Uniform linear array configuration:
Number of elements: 64
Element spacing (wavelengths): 0.75
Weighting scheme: binomial
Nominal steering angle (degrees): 45
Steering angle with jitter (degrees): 44.608
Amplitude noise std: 0.05
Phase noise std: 0.05

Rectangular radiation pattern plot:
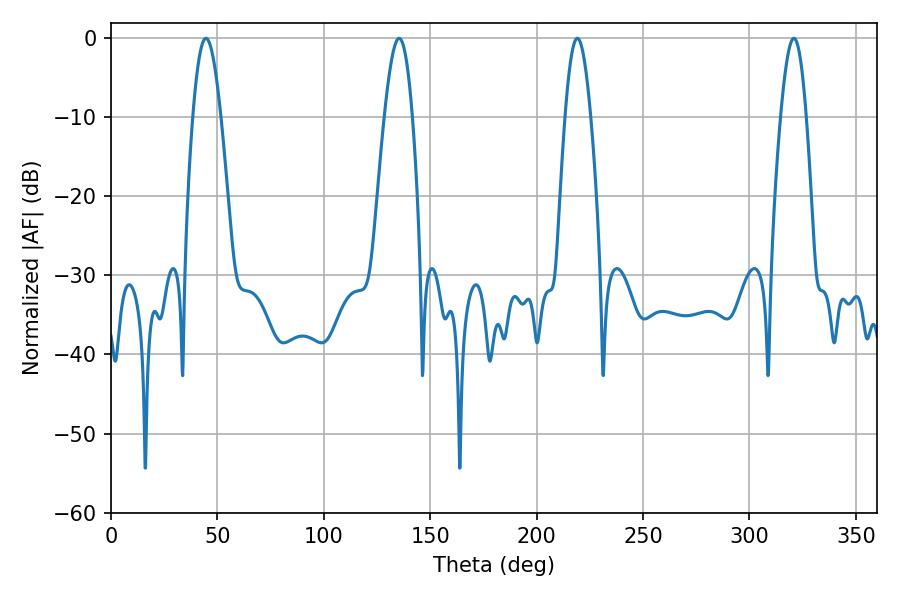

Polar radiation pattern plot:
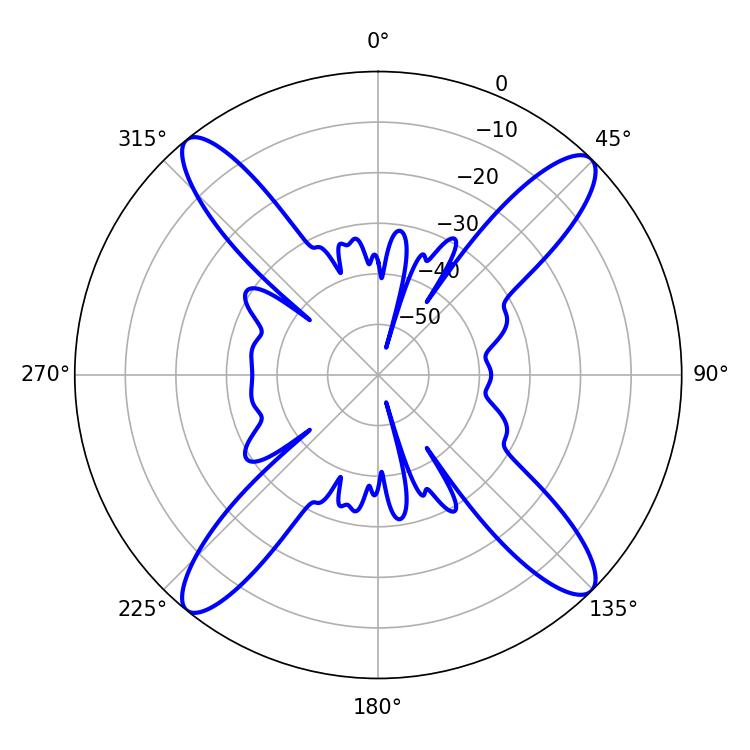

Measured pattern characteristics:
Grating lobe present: TRUE
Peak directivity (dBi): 17.701
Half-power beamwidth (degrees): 7.02
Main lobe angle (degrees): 44.64